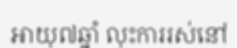
អាយុ៧ឆ្នាំ លុះការរស់នៅ